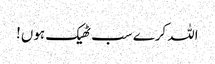
اللہ کرے سب ٹھیک ہوں!